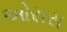
ઓરાસ